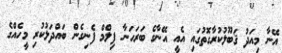
އޭނާ މިއަދު ޤަބޫލުކުރާގޮތުގައި އެއީ އޭނާގެ ބަރަހަނާ ފިލްމް ފެނިގެން ބައްދަލުކުރި މީހެއްގެ